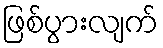
ဖြစ်ပွားလျက်